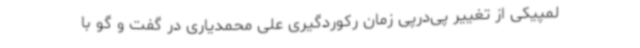
لمپیکی از تغییر پی‌درپی زمان رکوردگیری علی محمدیاری در گفت و گو با